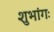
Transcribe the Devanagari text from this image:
शुभांगः